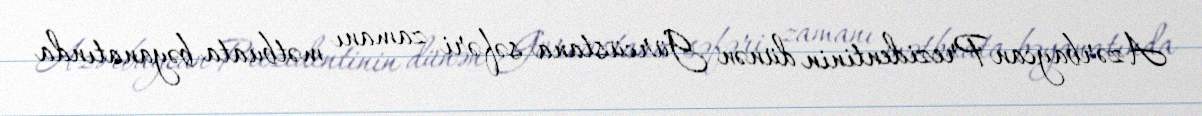
Azərbaycan Prezidentinin dünən Gürcüstana səfəri zamanı mətbuata bəyanatında